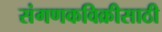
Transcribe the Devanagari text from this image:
संगणकविक्रीसाठी